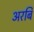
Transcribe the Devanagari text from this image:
अरबि